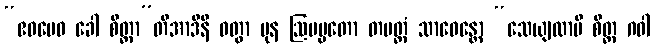
“ဧဝမေဝ ခေါ စိတ္တာ”တိအာဒီနိ ဝတွာ ပုန ဩပမ္မတော တမတ္ထံ သာဓေန္တော “သေယျထာပိ စိတ္တ ဂဝါ